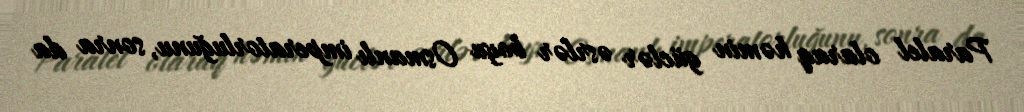
Paralel olaraq həmin güclər əsrlər boyu Osmanlı imperatorluğunu, sonra da